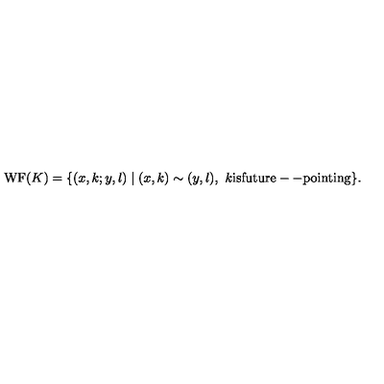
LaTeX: \mathrm { W F } ( K ) = \{ ( x , k ; y , l ) \mid ( x , k ) \sim ( y , l ) , \ k \mathrm { i s f u t u r e -- p o i n t i n g } \} .